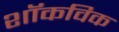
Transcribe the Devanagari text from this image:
शॉकविक